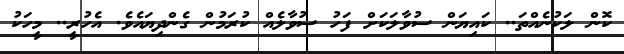
ކޮން ލަކުނެއްތަ.. ކައިޔަން ސުވާލަކަށް ފަހު ސުވާލެއް ކުރަމުން ގެންދިޔައެވެ. އެހުރީ.. މީހަކު